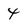
Character: 4